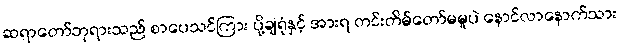
ဆရာတော်ဘုရားသည် စာပေသင်ကြား ပို့ချရုံနှင့် အားရ တင်းတိမ်တော်မမူပဲ နောင်လာနောက်သား